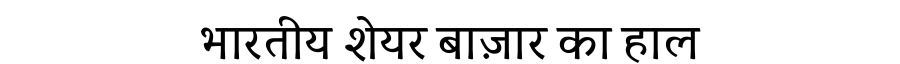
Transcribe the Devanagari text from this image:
भारतीय शेयर बाज़ार का हाल